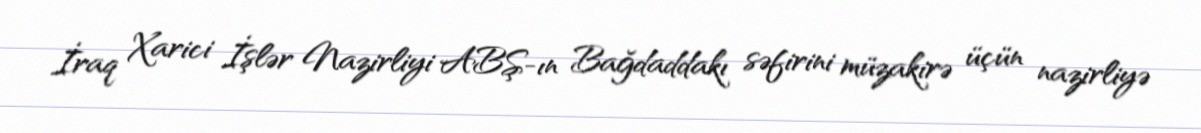
İraq Xarici İşlər Nazirliyi ABŞ-ın Bağdaddakı səfirini müzakirə üçün nazirliyə